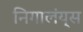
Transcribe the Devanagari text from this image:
निगालंय्‌स